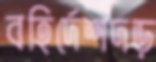
বহির্দেশদড়